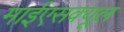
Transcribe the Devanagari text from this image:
माईएसक्यूल